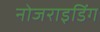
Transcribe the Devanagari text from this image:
नोजराइडिंग